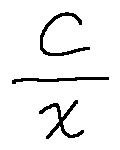
\frac { C } { x }